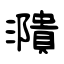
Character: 濻